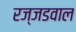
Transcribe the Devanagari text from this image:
रज्जडवाल